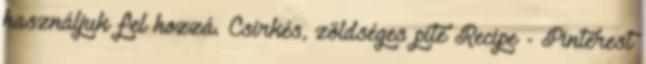
használjuk fel hozzá. Csirkés, zöldséges pite Recipe - Pinterest